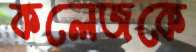
কলেজকে